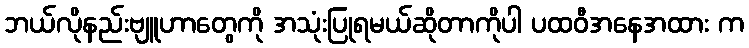
ဘယ်လိုနည်းဗျူဟာတွေကို အသုံးပြုရမယ်ဆိုတာကိုပါ ပထဝီအနေအထား က